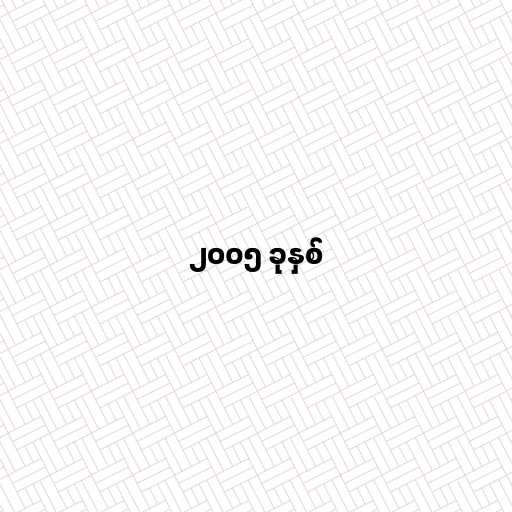
၂၀၀၅ ခုနှစ်